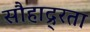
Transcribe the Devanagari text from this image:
सौहाद्र्रता